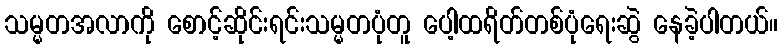
သမ္မတအလာကို စောင့်ဆိုင်းရင်းသမ္မတပုံတူ ပေါ့ထရိတ်တစ်ပုံရေးဆွဲ နေခဲ့ပါတယ်။